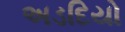
અડદિયો